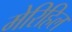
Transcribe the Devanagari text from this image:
मेरिहिल